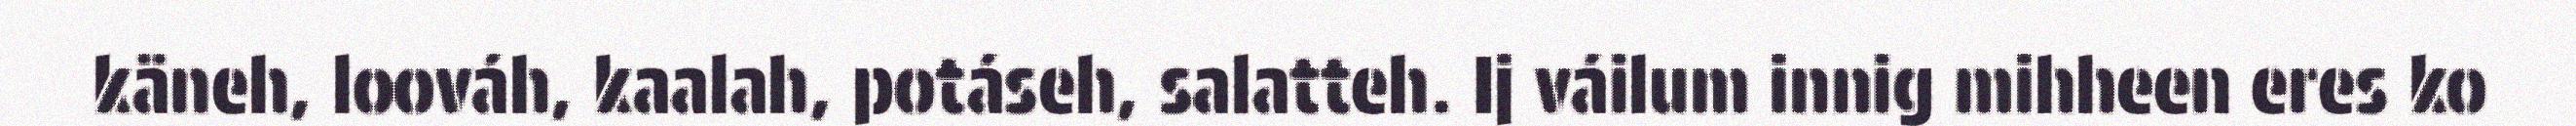
käneh, loováh, kaalah, potáseh, salatteh. Ij váilum innig mihheen eres ko